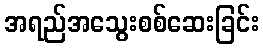
အရည်အသွေးစစ်ဆေးခြင်း